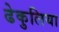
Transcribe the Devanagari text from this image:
ढेकुलिया